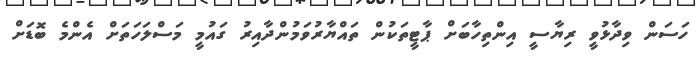
ހަސަން ވިދާޅުވީ ރިޔާސީ އިންތިހާބަށް ޕާޓީތަކުން ތައްޔާރުވަމުންދާއިރު ގައުމީ މަސްލަހަތަށް އެންމެ ބޮޑަށް